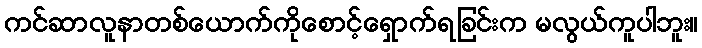
ကင်ဆာလူနာတစ်ယောက်ကိုစောင့်ရှောက်ရခြင်းက မလွယ်ကူပါဘူး။